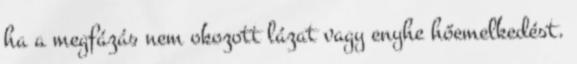
ha a megfázás nem okozott lázat vagy enyhe hőemelkedést.